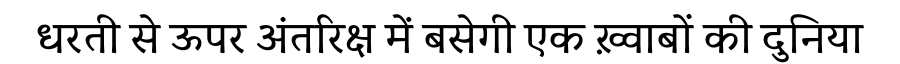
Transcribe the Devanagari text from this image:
धरती से ऊपर अंतरिक्ष में बसेगी एक ख़्वाबों की दुनिया